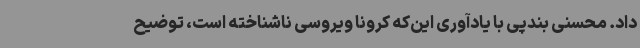
داد. محسنی بندپی با یادآوری این‌که کرونا ویروسی ناشناخته است، توضیح